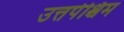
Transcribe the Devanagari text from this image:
उत्तर्पश्चिम